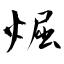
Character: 煀